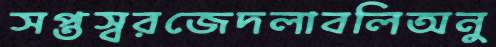
সপ্তস্বরজেদলাবলিঅনু